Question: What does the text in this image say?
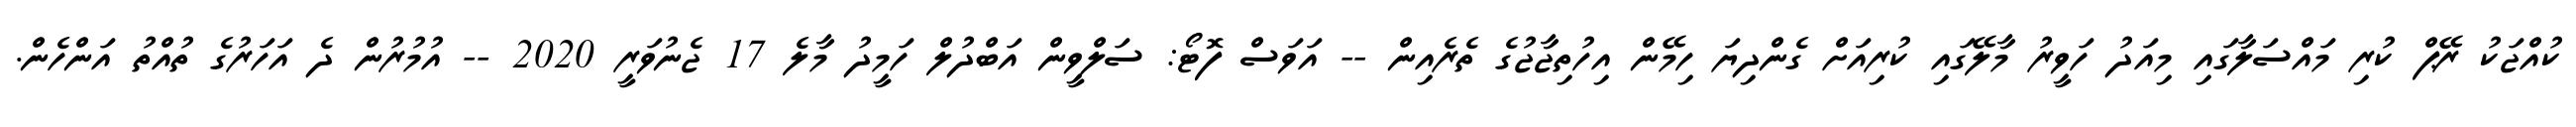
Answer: ކުއްޖަކު ރޭޕް ކުރި މައްސަލާގައި މިއަދު ހަވީރު މާލޭގައި ކުރިއަށް ގެންދިޔަ ހިމޭން އިހުތިޖާޖުގެ ތެރެއިން -- އަވަސް ފޮޓޯ: ސަލްވީން އަބްދުލް ހަމީދު މާލެ 17 ޖެނުވަރީ 2020 -- އުމުރުން ދެ އަހަރުގެ ތުއްތު އަންހެން.